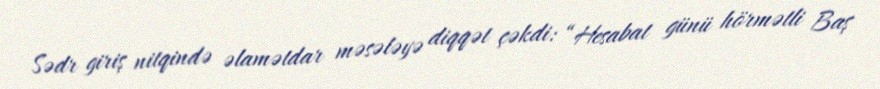
Sədr giriş nitqində əlamətdar məsələyə diqqət çəkdi: “Hesabat günü hörmətli Baş